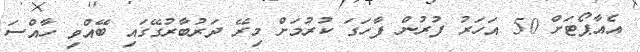
އެއާޕޯޓަށް 50 އަހަރު ފުރުން ފާހަގަ ކުރުމަށް މިރޭ ދަރުބާރުގޭގައި ބޭއްވި ހާއްސަ